Annual report on the mental hospital in the Central Provinces and Berar (Nagpur) - 1927-1951
Year: 1927
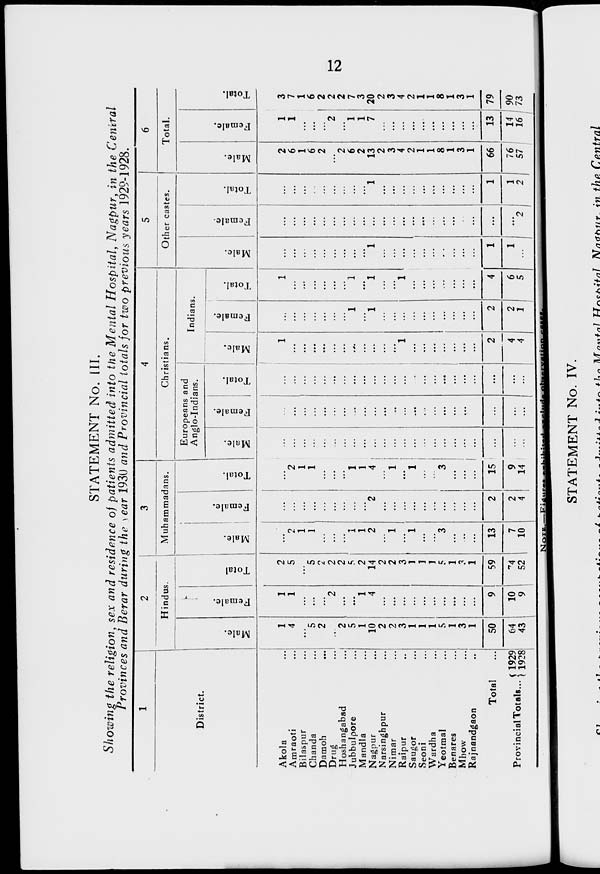
12
STATEMENT No. III.
Showing the religion, sex and residence of patients admitted into the Mental Hospital, Nagpur, in the Central
Provinces and Berar during the year 1930 and Provincial totals for two previous years 1929-1928.
1
District.
Akola ...
Amraoti ...
Bilaspur ...
Chanda ...
Daraoh ...
Drug ...
Hoshangabad ...
Jubbulpore ...
Mandla ...
Nagpur ...
Narsinghpur ...
Nimar ...
Raipur ...
Saugor ...
Seoni ...
Wardha ...
Yeotmal ...
Benares ...
Mhow ...
Rajnandgaon ...
Total ...
Provincial Totals ... 1929
1928
2
Hindus.
Male.
1
4
...
5
2
...
2
5
1
10
2
2
3
...
...
...
...
...
3
1
50
64
43
Female.
1
1
...
...
...
2
...
...
1
4
...
...
...
...
...
...
...
...
...
...
9
10
9
Total
2
5
...
5
...
2
2
5
2
14
2
2
3
1
1
1
...
1
3
1
59
74
52
3
Muhammadans.
Male.
...
...
...
...
...
...
...
...
...
2
...
...
...
1
...
...
3
...
...
...
13
7
10
Female.
...
...
...
...
...
...
...
...
...
2
...
...
...
...
...
...
...
...
...
...
2
2
4
Total.
...
2
1
1
...
...
...
1
1
4
...
1
...
1
...
...
3
...
...
...
15
9
14
4
Christians.
Europeans and
Anglo-Indians.
Male.
...
...
...
...
...
...
...
...
...
...
...
...
...
...
...
...
...
...
...
...
...
...
...
Female.
...
...
...
...
...
...
...
...
...
...
...
...
...
...
...
...
...
...
...
...
...
...
...
Total.
...
...
...
...
...
...
...
...
...
...
...
...
...
...
...
...
...
...
...
...
...
...
...
Indians.
Male.
1
...
...
...
...
...
...
...
...
...
...
...
1
...
...
...
...
...
...
...
2
4
4
Female.
...
...
...
...
...
...
...
1
...
1
...
...
...
...
...
...
...
...
...
...
2
2
1
Total.
1
...
...
...
...
...
...
1
...
1
...
...
1
...
...
...
...
...
...
...
4
6
5
5
Other castes.
Male.
...
...
...
...
...
...
...
...
...
1
...
...
...
...
...
...
...
...
...
...
1
1
...
Female.
...
...
...
...
...
...
...
...
...
...
...
...
...
...
...
...
...
...
...
...
...
...
2
Total.
...
...
...
...
...
...
...
...
...
1
...
...
...
...
...
...
...
...
...
...
1
1
2
6
Total.
Male.
2
6
1
6
2
...
2
6
2
13
2
3
4
2
1
1
8
1
3
1
66
76
57
Female.
1
1
...
...
...
2
...
1
1
7
...
...
...
...
...
...
...
...
...
...
13
14
16
Total.
3
7
1
6
2
2
2
7
3
20
2
3
4
2
1
1
8
1
3
1
79
90
73
NOTE—Figures exhibited exluded observation cases